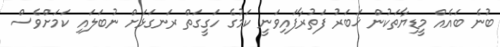
ބުނެ ބައެއް މީޑިޔާތަކުން ޚަބަރު ފަތުރާފައިވަނީ ކަމުގެ ހަގީގަތް ރަނގަޅަށް ނުބަލައި ކަމަށްވެސް